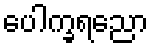
ပေါက္ခရညော